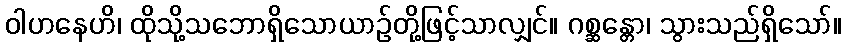
ဝါဟနေဟိ၊ ထိုသို့သဘောရှိသောယာဉ်တို့ဖြင့်သာလျှင်။ ဂစ္ဆန္တော၊ သွားသည်ရှိသော်။